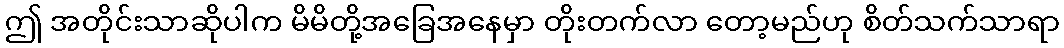
ဤ အတိုင်းသာဆိုပါက မိမိတို့အခြေအနေမှာ တိုးတက်လာ တော့မည်ဟု စိတ်သက်သာရာ